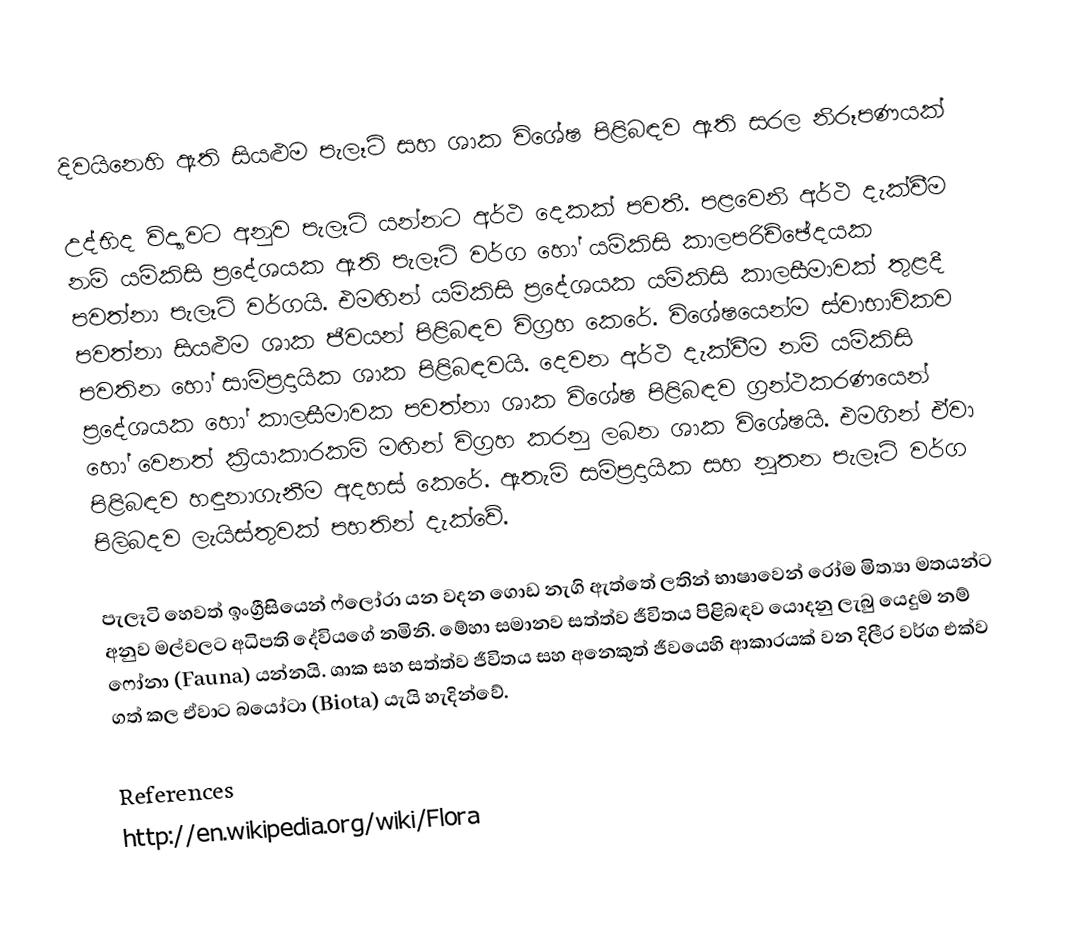
දිවයිනෙහි ඇති සියළුම පැලෑටි සහ ශාක විශේෂ පිළිබඳව ඇති සරල නිරූපණයක්

උද්භිද විද්‍යාවට‍ අනුව පැලෑටි යන්නට අර්ථ දෙකක් පවතී. පළවෙනි අර්ථ දැක්වීම නම් යම්කිසි ප්‍රදේශයක ඇති පැලෑටි වර්ග හෝ යම්කිසි කාලපරිච්ඡේදයක පවත්නා පැලෑටි වර්ගයි. එමඟින් යම්කිසි ප්‍රදේශයක යම්කිසි කාලසීම‍ාවක් තුළදී පවත්නා සියළුම ශාක ජීවයන් පිළිබඳව විග්‍රහ කෙ‍රේ. විශේෂයෙන්ම ස්වාභාවිකව පවතින හෝ සාම්ප්‍රදායික ශාක පිළිබඳවයි. දෙවන අර්ථ දැක්වීම නම් යම්කිසි ප්‍රදේශයක හෝ කාලසීමාවක පවත්නා ශාක විශේෂ පිළිබඳව ග්‍රන්ථකරණයෙන් හෝ වෙනත් ක්‍රියාකාරකම් මඟින් විග්‍රහ කරනු ලබන ශාක විශේෂයි. එමගින් ඒවා පිළිබඳව හඳුනාගැනීම අදහස් කෙරේ. ඇතැම් සම්ප්‍රදායික සහ නූතන පැලෑටි වර්ග පිලිබදව ලැයිස්තුවක් පහතින් දැක්වේ.

පැලෑටි හෙවත් ඉංග්‍රීසියෙන් ෆ්ලෝරා යන වදන ගොඩ නැගි ඇත්තේ ලතින් භාෂාවෙන් රෝම මිත්‍යා මතයන්ට අනුව මල්වලට අධිපති දේවියගේ නමිනි. මේහා සමානව සත්ත්ව ජීවිතය පිළිබඳව යොදනු ලැබු යෙදුම නම් ‍ෆෝනා (Fauna) යන්නයි. ශාක සහ සත්ත්ව ජීවිතය සහ අනෙකුත් ජීවයෙහි ආකාරයක් වන දිලීර වර්ග එක්ව ගත් කල ඒවාට බයෝටා (Biota) යැයි හැදින්වේ.

References
http://en.wikipedia.org/wiki/Flora